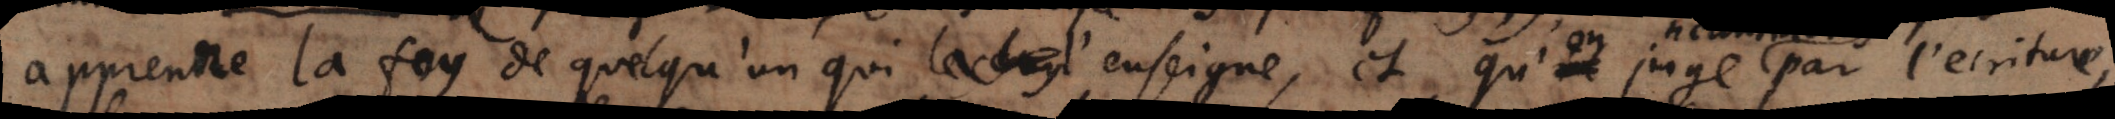
apprenne la foy de quelqu’un qui l’enseigne, et qu’on juge par l’écriture,